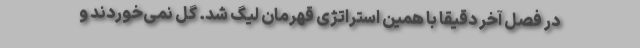
در فصل آخر دقیقاً با همین استراتژی قهرمان لیگ شد. گل نمی‌خوردند و